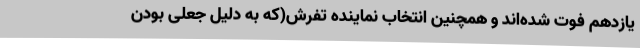
یازدهم فوت شده‌اند و همچنین انتخاب نماینده تفرش(که به دلیل جعلی بودن